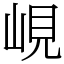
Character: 峴